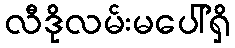
လီဒိုလမ်းမပေါ်ရှိ